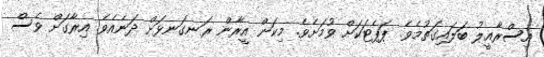
އިސްރާއީލު ބަލައިގަތުމެވެ. ޕަޕެޓަކަށް ވުމަށެވެ. މިކަން އީރާން ރަނގަނޅަށް ދަނެއެވެ. އިރާގަށް ވެސް